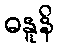
ဓနူနိ